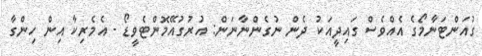
ގުއަންޓަނާމޯގެ އެއްވެސް ގައިދީއަކު ދެން ނުގެންނާނަން: އުރުގުއޭމޮންޓެވީޑޯ - އެމެރިކާ އިން ހިންގާ